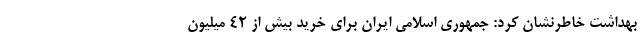
بهداشت خاطرنشان کرد: جمهوری اسلامی ایران برای خرید بیش از ۴۲ میلیون